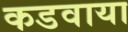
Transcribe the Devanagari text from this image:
कडवाया